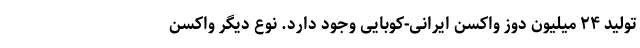
تولید ۲۴ میلیون دوز واکسن ایرانی-کوبایی وجود دارد. نوع دیگر واکسن